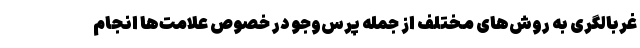
غربالگری به روش‌های مختلف از جمله پرس‌وجو در خصوص علامت‌ها انجام